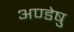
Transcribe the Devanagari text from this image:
अण्डेषु